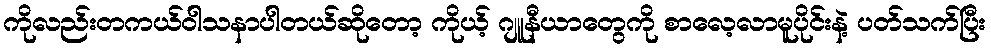
ကိုလည်းတကယ်ဝါသနာပါတယ်ဆိုတော့ ကိုယ့် ဂျူနီယာတွေကို စာလေ့လာမူပိုင်းနဲ့ ပတ်သက်ပြီး